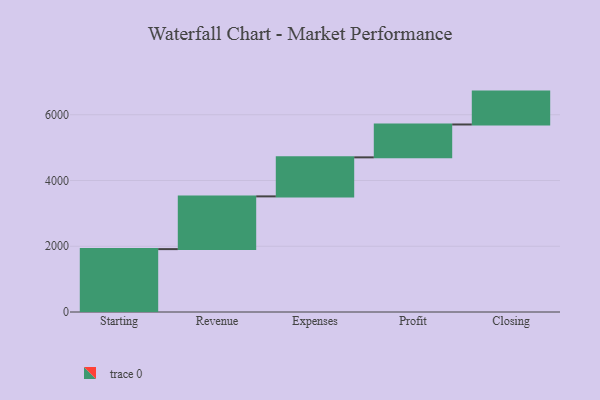
{"axis": {"x": "Step", "y": "Value"}, "legend": [""], "data": [{"x": "Starting", "y": 1913.0, "type": ""}, {"x": "Revenue", "y": 1604.0, "type": ""}, {"x": "Expenses", "y": 1187.0, "type": ""}, {"x": "Profit", "y": 1000, "type": ""}, {"x": "Closing", "y": 1000, "type": ""}]}